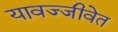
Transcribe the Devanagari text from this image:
यावज्जीवेत